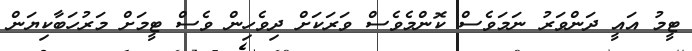
ޓީމު އައީ ދަންވަރު ނަމަވެސް ކޮންމެވެސް ވަރަަކަށް ދިވެހިން ވެސް ޓީމަށް މަރުހަބާކިޔަން